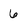
Character: 6